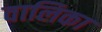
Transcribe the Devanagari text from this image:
वालिका